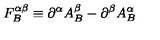
F _ { B } ^ { \alpha \beta } \equiv \partial ^ { \alpha } A _ { B } ^ { \beta } - \partial ^ { \beta } A _ { B } ^ { \alpha }